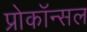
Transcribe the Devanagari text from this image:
प्रोकॉन्सल